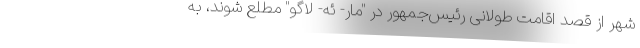
شهر از قصد اقامت طولانی رئیس‌جمهور در "مار- ئه- لاگو" مطلع شوند، به